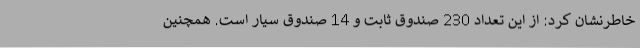
خاطرنشان کرد: از این تعداد 230 صندوق ثابت و 14 صندوق سیار است. همچنین